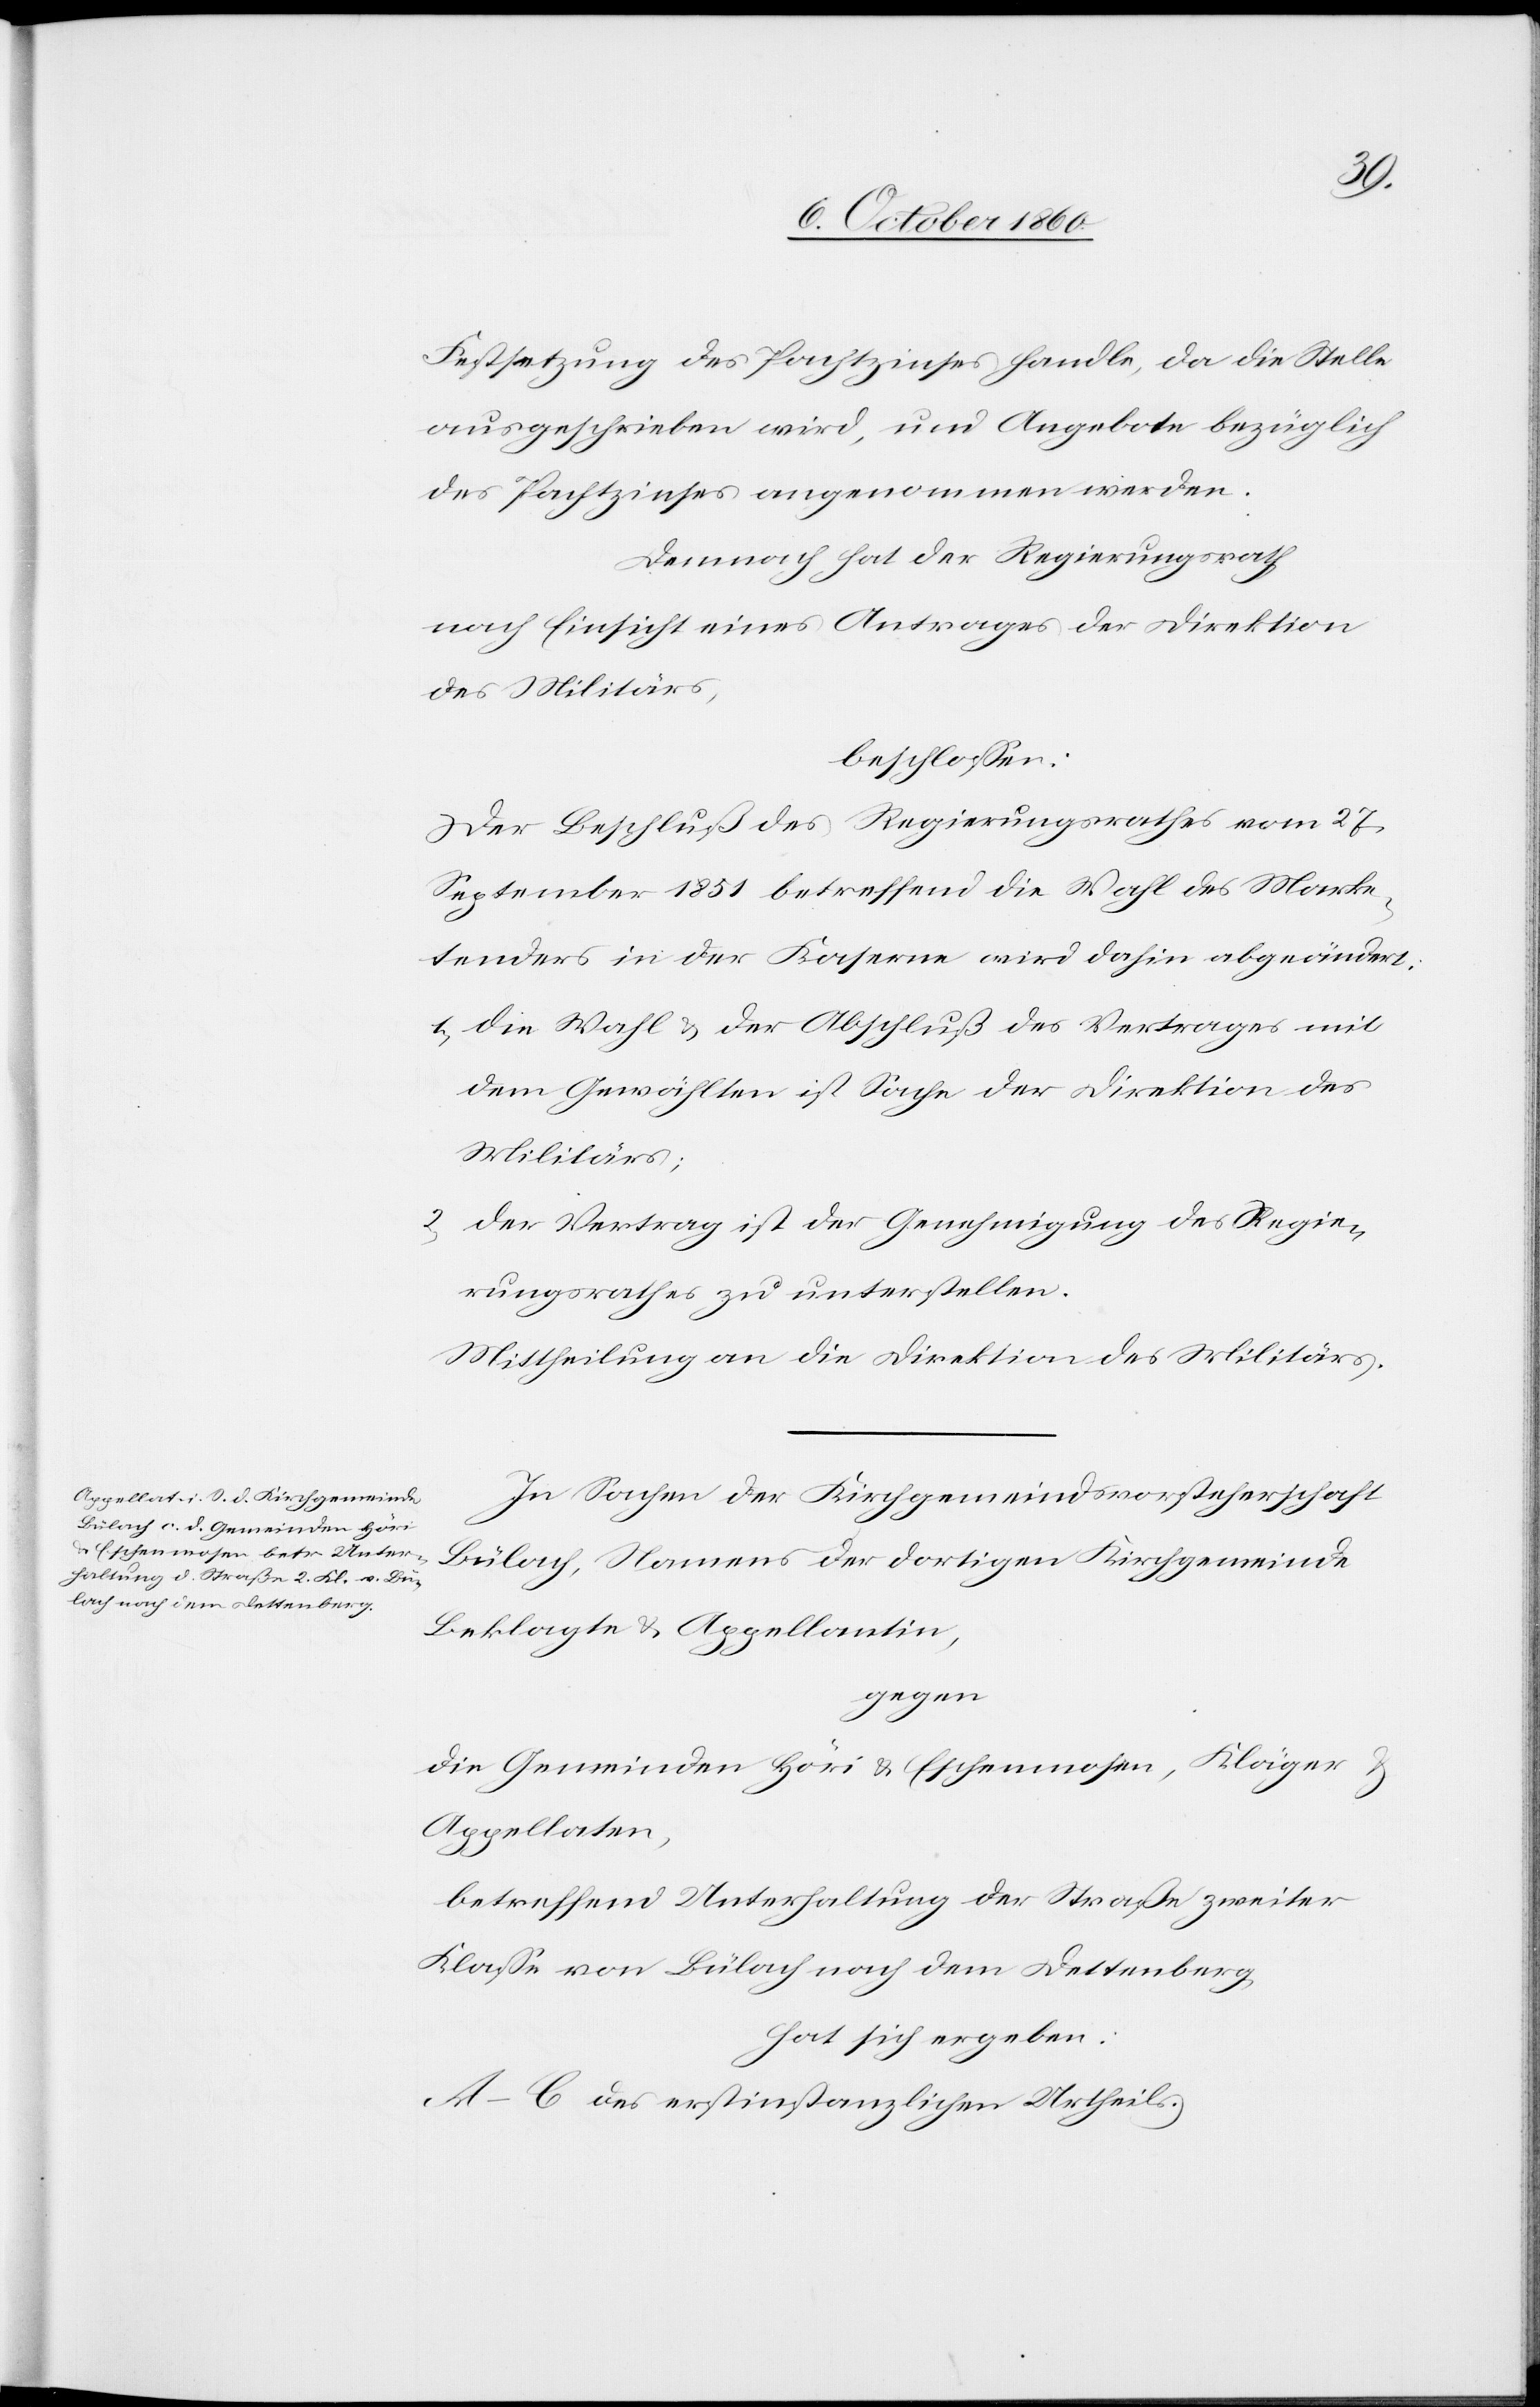
Festsetzung des Pachtzinses handle, da die Stelle
ausgeschrieben wird, und Angebote bezüglich
des Pachtzinses angenommen werden.
Demnach hat der Regierungsrath
nach Einsicht eines Antrages der Direktion
des Militärs,
beschlossen:
Der Beschluß des Regierungsrathes vom 27.
September 1851 betreffend die Wahl des Mark¬
tenders in der Kaserne wird dahin abgeändert:
1) die Wahl u. der Abschluß des Vertrages mit
dem Gewählten ist Sache der Direktion des
Militärs;
2) Der Vertrag ist der Genehmigung des Regie¬
rungsrathes zu unterstellen.
Mittheilung an die Direktion des Militärs.
In Sachen der Kirchgemeindsvorsteherschaft
Bülach, Namens der dortigen Kirchgemeinde
Beklagte u. Appellantin,
gegen
die Gemeinden Höri u. Eschenmosen, Kläger u.
Appellaten,
betreffend Unterhaltung der Straße zweiter
Klasse von Bülach nach dem Dettenberg,
hat sich ergeben:
A–C des erstinstanzlichen Urtheils.